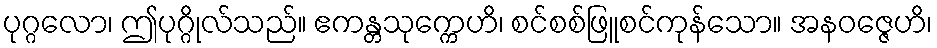
ပုဂ္ဂလော၊ ဤပုဂ္ဂိုလ်သည်။ ဧကန္တသုက္ကေဟိ၊ စင်စစ်ဖြူစင်ကုန်သော။ အနဝဇ္ဇေဟိ၊